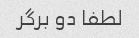
لطفا دو برگر